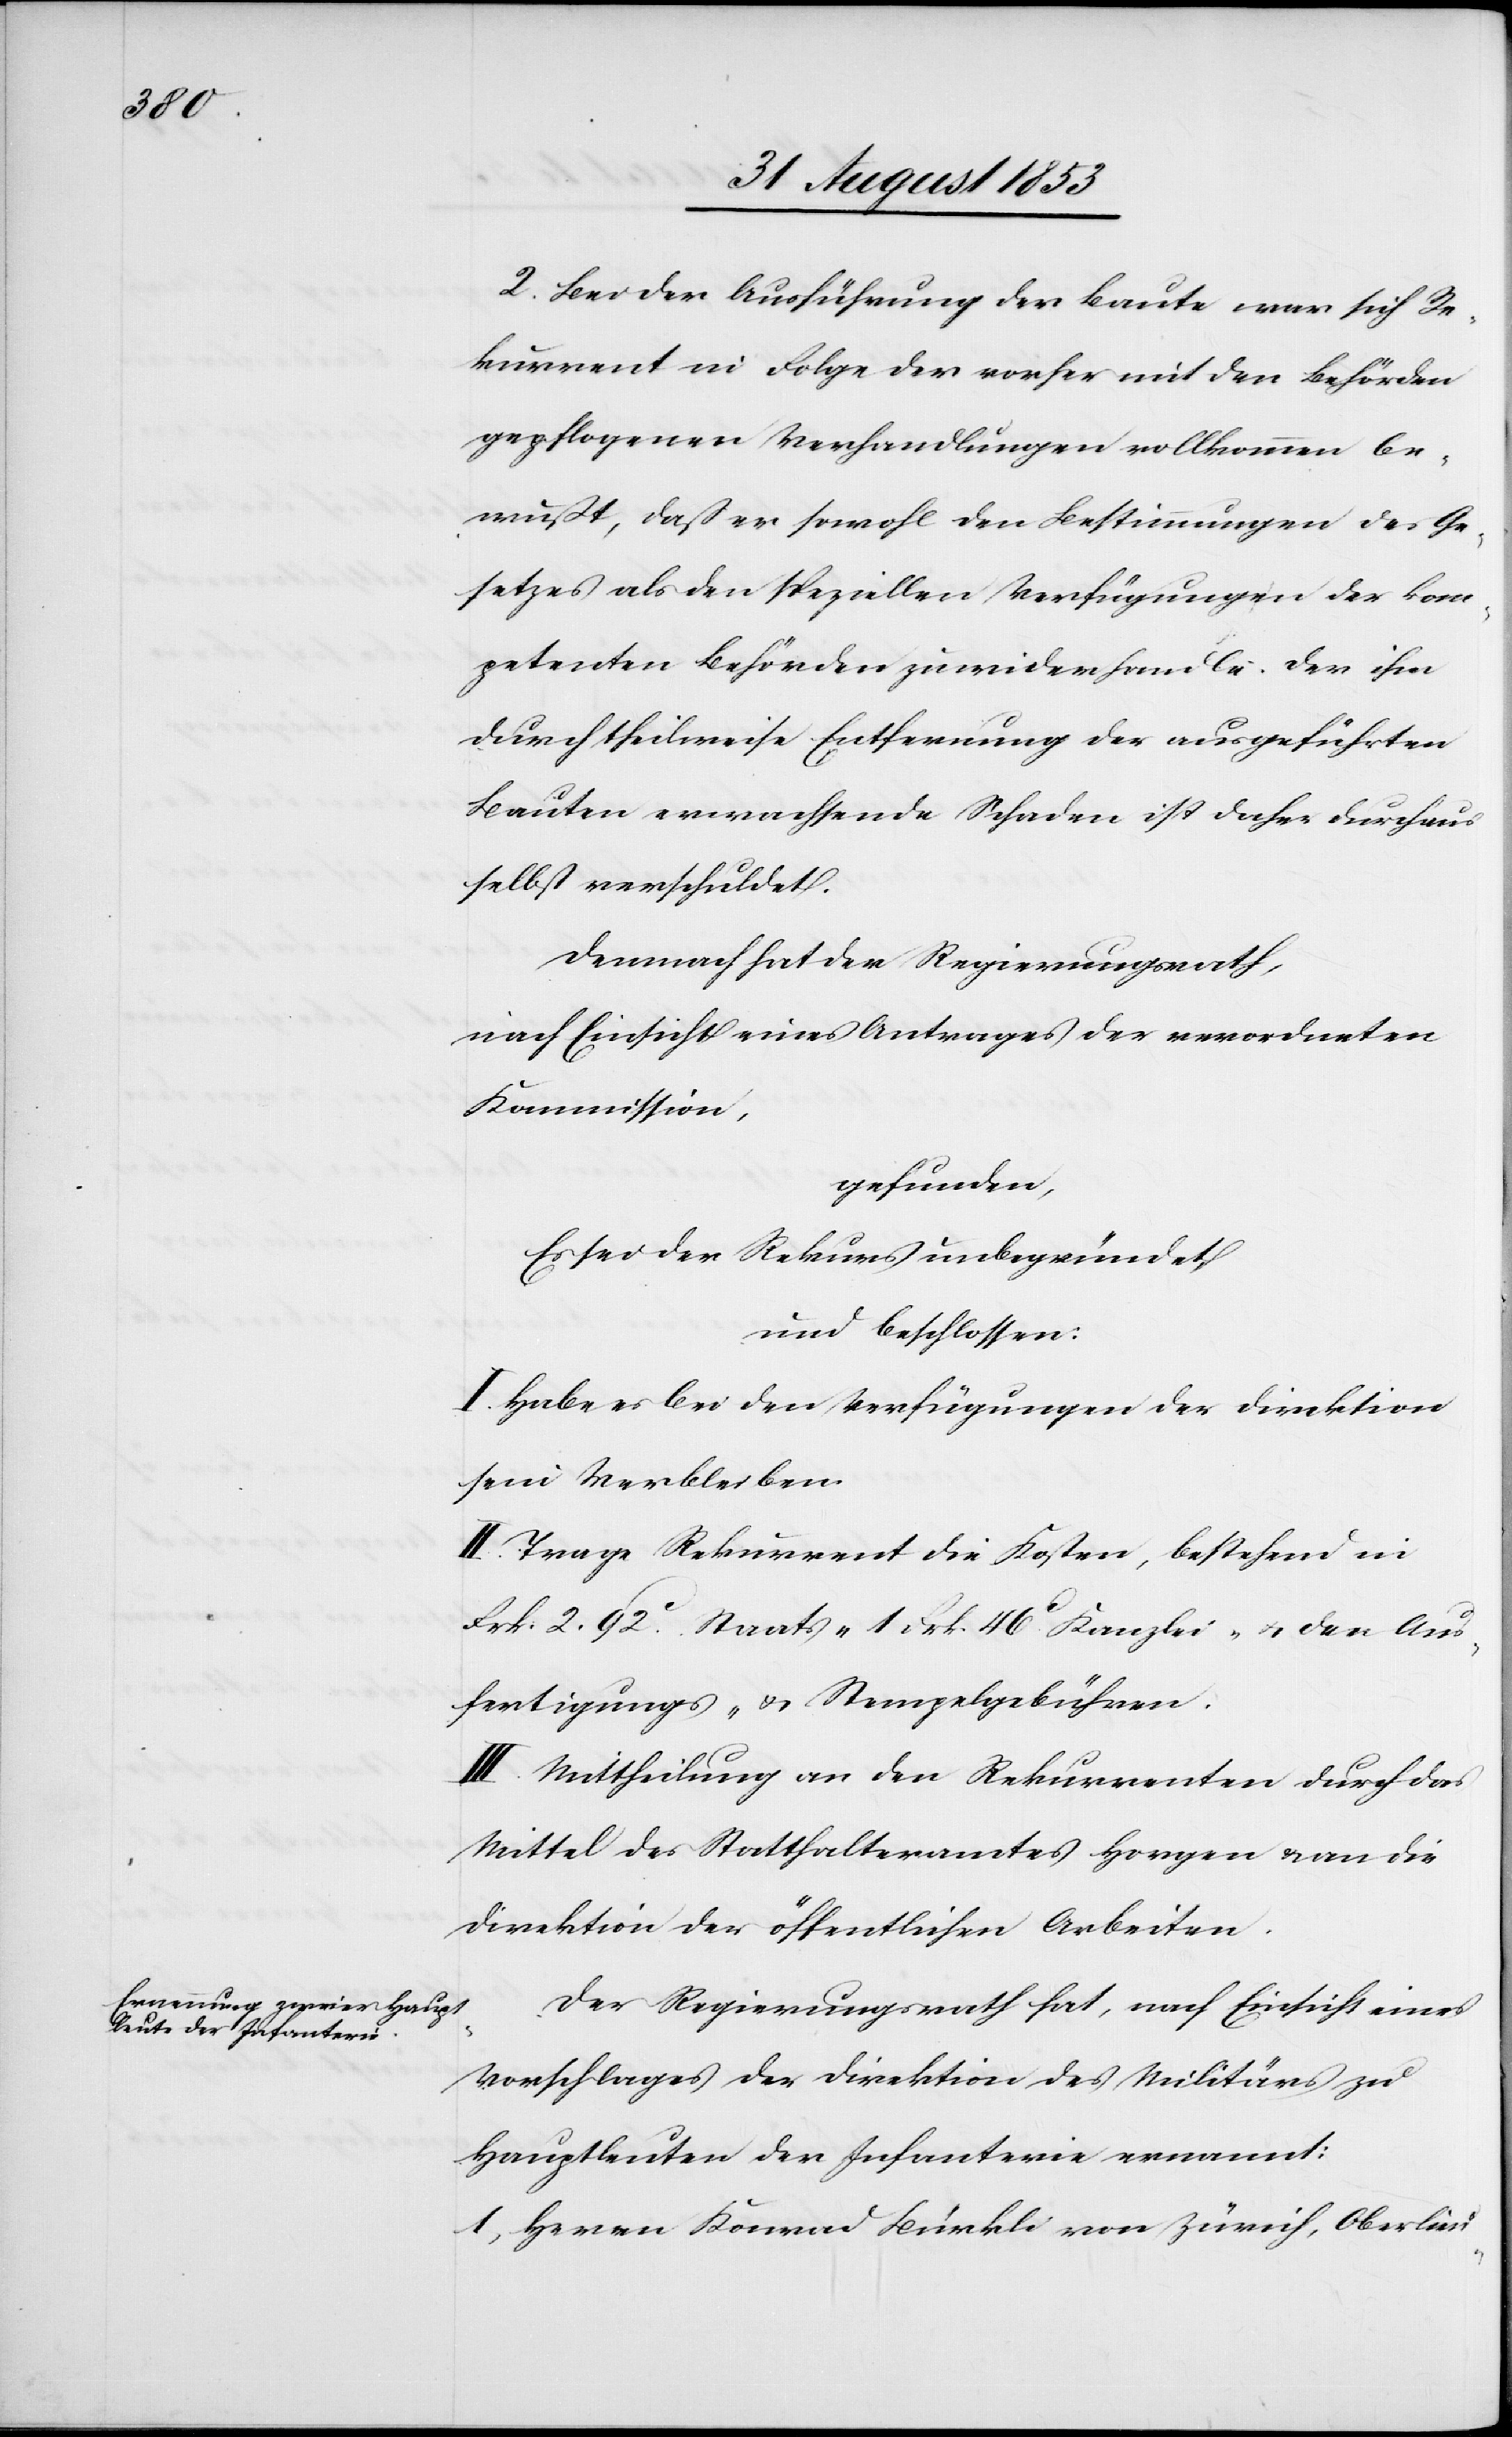
2, Bei der Ausführung der Baute war sich Re¬
kurrent in Folge der vorher mit den Behörden
gepflogenen Verhandlungen vollkommen be¬
wußt, daß er sowohl den Bestimmungen des Ge¬
setzes als den speziellen Verfügungen der kom¬
petenten Behörden zuwiderhandle. Der ihm
durch theilweise Entfernung der ausgeführten
Bauten erwachsende Schaden ist daher durchaus
selbst verschuldet.
Demnach hat der Regierungsrath,
nach Einsicht eines Antrages der verordneten
Kommission,
gefunden,
Es sei der Rekurs unbegründet
und beschlossen:
I. Habe es bei den Verfügungen der Direktion
sein Verbleiben.
II. Trage Rekurrent die Kosten, bestehend in
Frk. 2. 92c Staats- 1 Frk. 46c Kanzlei- u. den Aus¬
fertigungs- u. Stempelgebühren.
III. Mittheilung an den Rekurrenten durch das
Mittel des Statthalteramtes Horgen u. an die
Direktion der öffentlichen Arbeiten.
Der Regierungsrath hat, nach Einsicht eines
Vorschlages der Direktion des Militärs zu
Hauptleuten der Infanterie ernannt:
1, Herrn Konrad Bürkli von Zürich, Oberlieu-